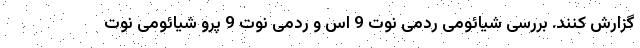
گزارش کنند. بررسی شیائومی ردمی نوت 9 اس و ردمی نوت 9 پرو شیائومی نوت